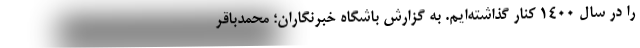
را در سال ۱۴۰۰ کنار گذاشته‌ایم. به گزارش باشگاه خبرنگاران؛ محمدباقر